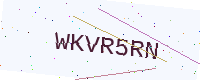
Text: WKVR5RN